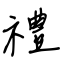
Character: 禮